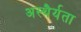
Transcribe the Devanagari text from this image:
अस्थैर्यता